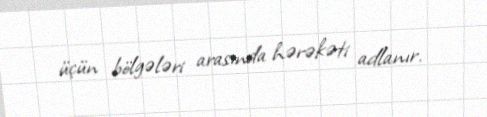
üçün bölgələri arasında hərəkəti adlanır.